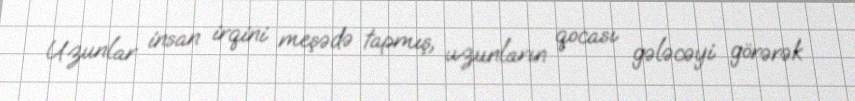
Uzunlar insan irqini meşədə tapmış, uzunların qocası gələcəyi görərək